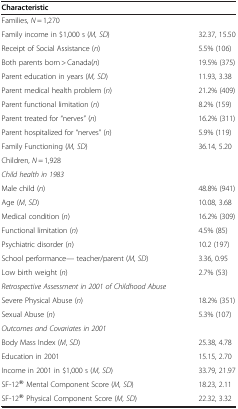
<table><thead><tr><td><b>Characteristic</b></td><td><b> </b></td></tr></thead><tbody><tr><td>Families, <i>N</i> = 1,270</td><td> </td></tr><tr><td>Family income in $1,000 s (<i>M, SD</i>)</td><td>32.37, 15.50</td></tr><tr><td>Receipt of Social Assistance (<i>n</i>)</td><td>5.5% (106)</td></tr><tr><td>Both parents born &gt; Canada(<i>n</i>)</td><td>19.5% (375)</td></tr><tr><td>Parent education in years (<i>M, SD</i>)</td><td>11.93, 3.38</td></tr><tr><td>Parent medical health problem (<i>n</i>)</td><td>21.2% (409)</td></tr><tr><td>Parent functional limitation (<i>n</i>)</td><td>8.2% (159)</td></tr><tr><td>Parent treated for “nerves” (<i>n</i>)</td><td>16.2% (311)</td></tr><tr><td>Parent hospitalized for “nerves” (<i>n</i>)</td><td>5.9% (119)</td></tr><tr><td>Family Functioning (<i>M, SD</i>)</td><td>36.14, 5.20</td></tr><tr><td>Children, <i>N</i> = 1,928</td><td> </td></tr><tr><td><i>Child health in 1983</i></td><td> </td></tr><tr><td>Male child (<i>n</i>)</td><td>48.8% (941)</td></tr><tr><td>Age (<i>M</i>, <i>SD</i>)</td><td>10.08, 3.68</td></tr><tr><td>Medical condition (<i>n</i>)</td><td>16.2% (309)</td></tr><tr><td>Functional limitation (<i>n</i>)</td><td>4.5% (85)</td></tr><tr><td>Psychiatric disorder (<i>n</i>)</td><td>10.2 (197)</td></tr><tr><td>School performance--- teacher/parent (<i>M</i>, <i>SD</i>)</td><td>3.36, 0.95</td></tr><tr><td>Low birth weight (<i>n</i>)</td><td>2.7% (53)</td></tr><tr><td><i>Retrospective Assessment in 2001 of Childhood Abuse</i></td><td> </td></tr><tr><td>Severe Physical Abuse (<i>n</i>)</td><td>18.2% (351)</td></tr><tr><td>Sexual Abuse (<i>n</i>)</td><td>5.3% (107)</td></tr><tr><td><i>Outcomes and Covariates in 2001</i></td><td> </td></tr><tr><td>Body Mass Index (<i>M</i>, <i>SD</i>)</td><td>25.38, 4.78</td></tr><tr><td>Education in 2001</td><td>15.15, 2.70</td></tr><tr><td>Income in 2001 in $1,000 s (<i>M, SD</i>)</td><td>33.79, 21.97</td></tr><tr><td>SF-12® Mental Component Score (<i>M, SD</i>)</td><td>18.23, 2.11</td></tr><tr><td>SF-12® Physical Component Score (<i>M, SD</i>)</td><td>22.32, 3.32</td></tr></tbody></table>